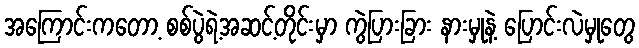
အကြောင်းကတော့ စစ်ပွဲရဲ့အဆင့်တိုင်းမှာ ကွဲပြားခြား နားမှုနဲ့ ပြောင်းလဲမှုတွေ